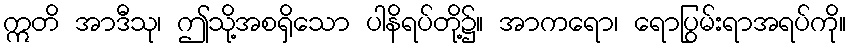
ဣတိ အာဒီသု၊ ဤသို့အစရှိသော ပါနိရပ်တို့၌။ အာကရော၊ ရောပြွမ်းရာအရပ်ကို။